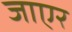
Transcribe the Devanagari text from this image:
जाएर